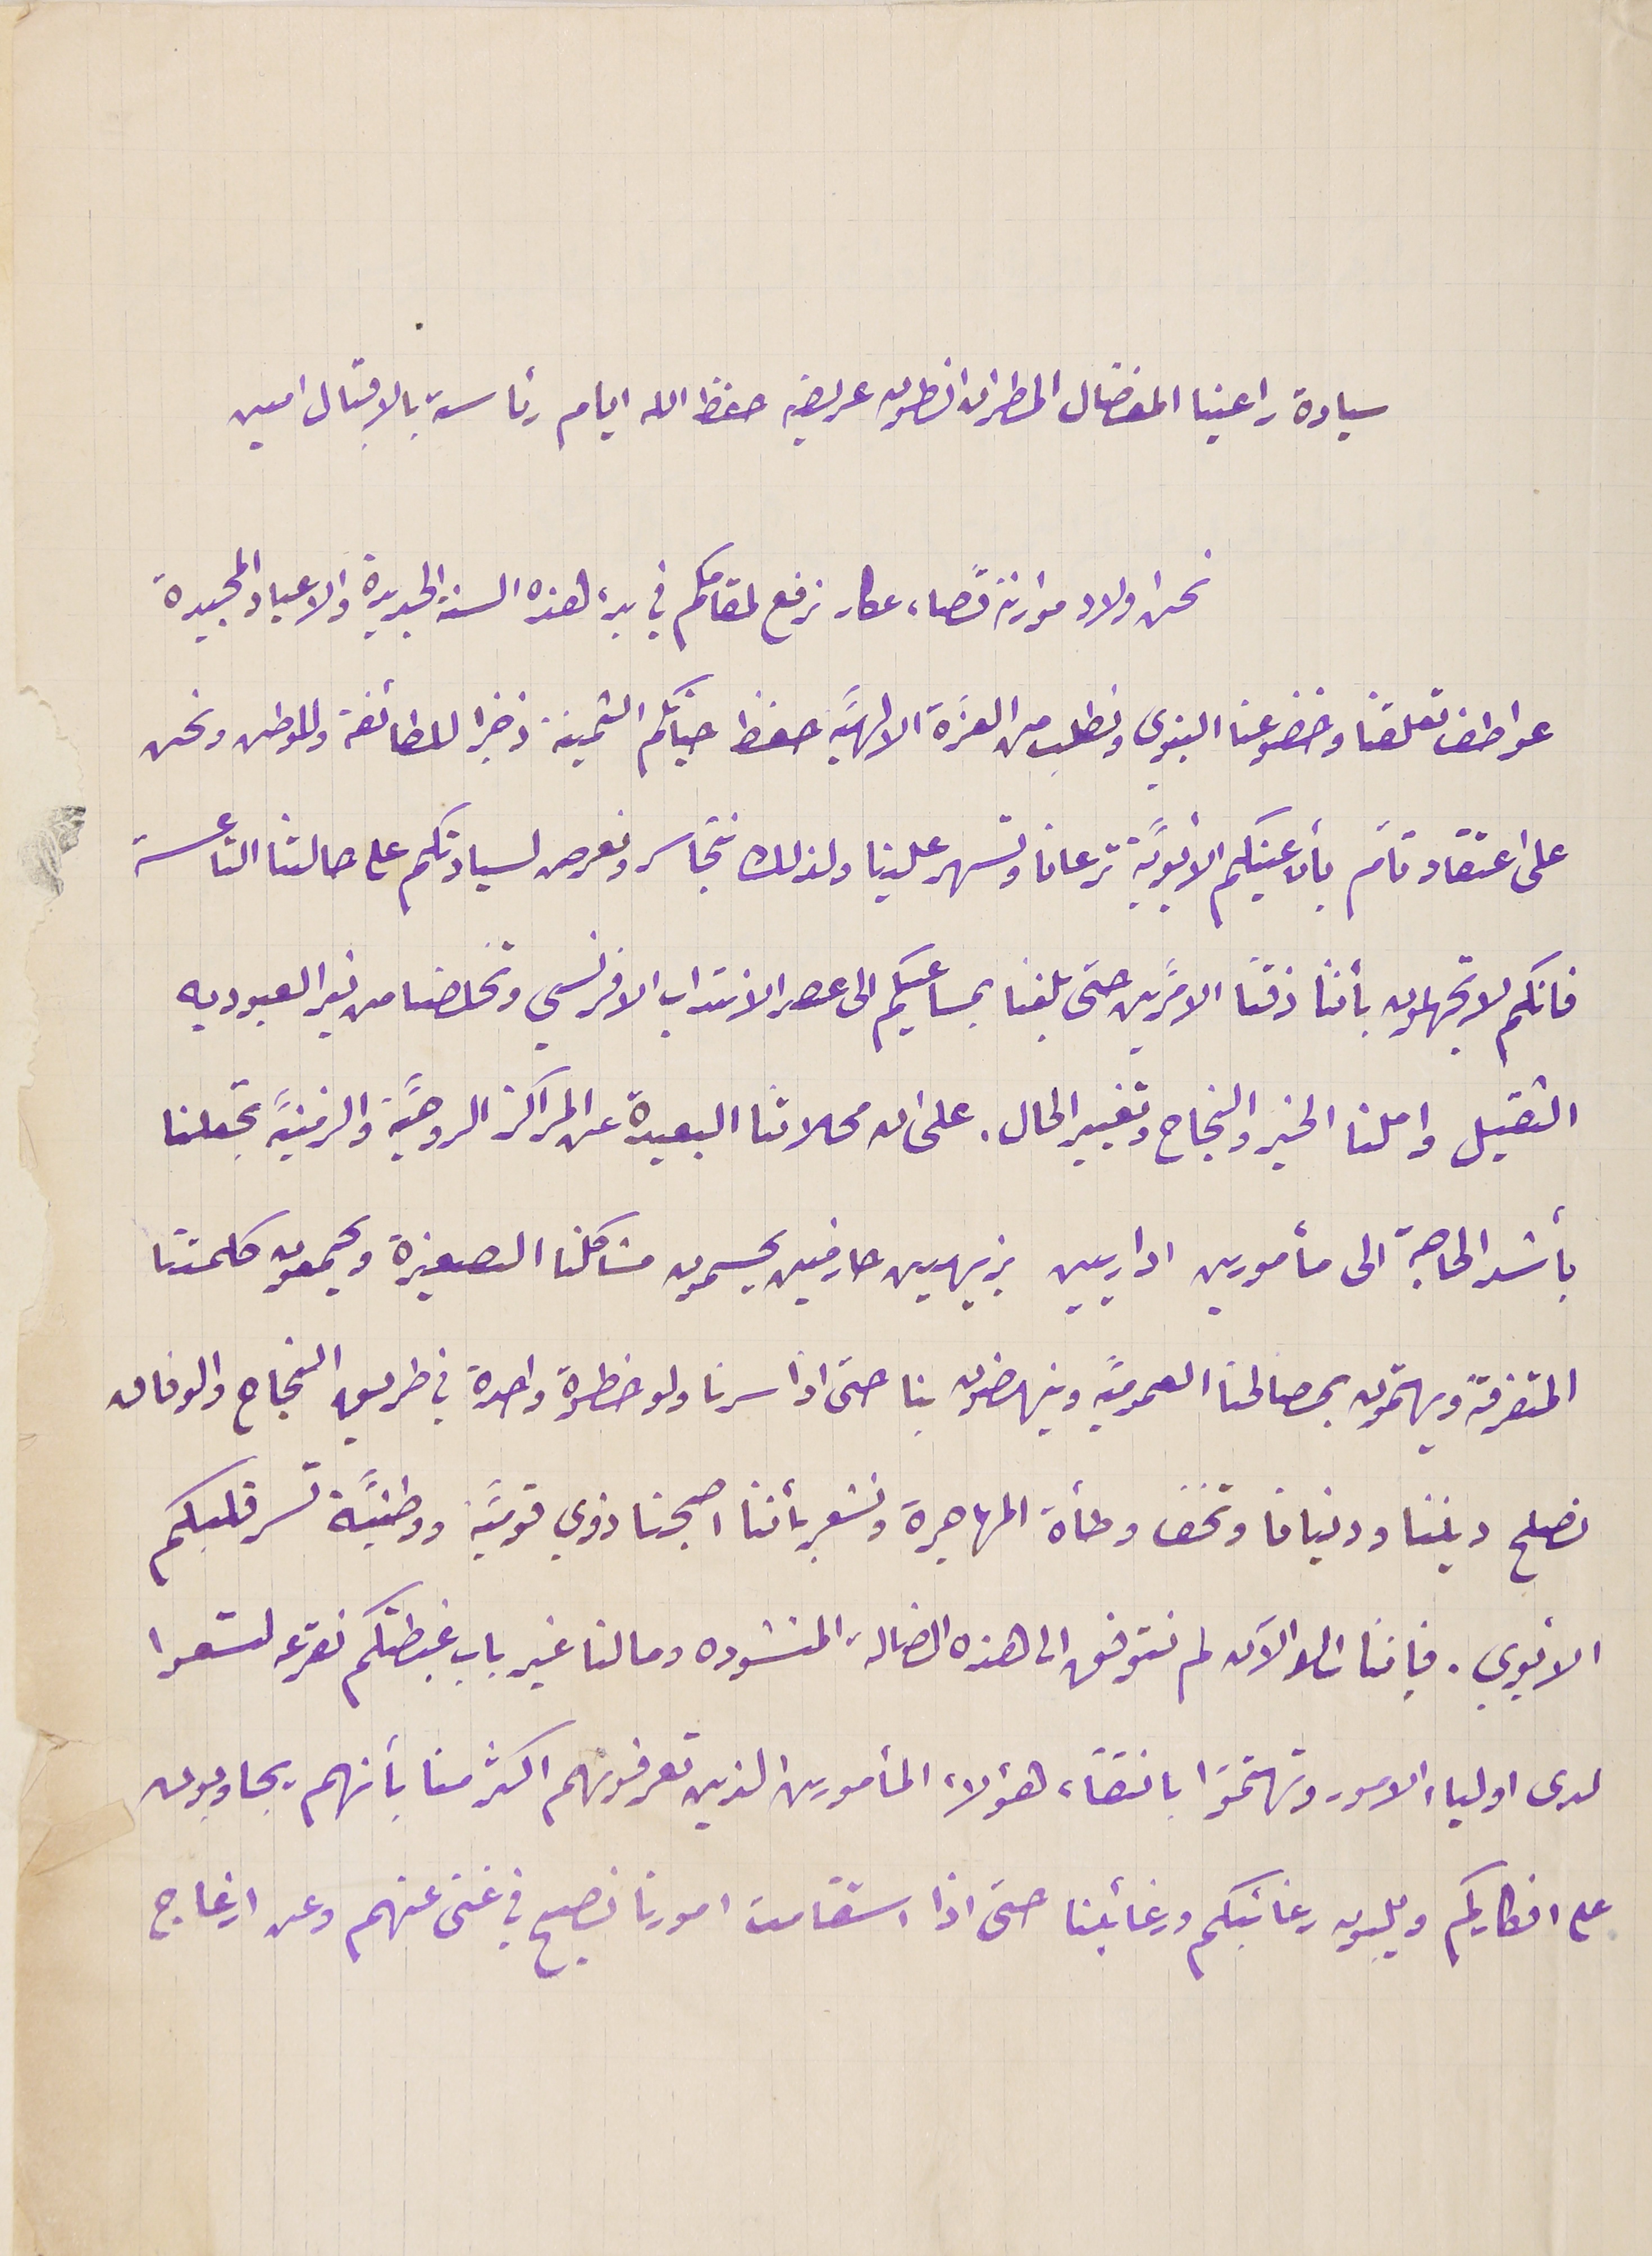
سيادة راعينا المفضال المطران انطون عريضه حفظ الله ايام رئاسته بالاقبال امين
نحن اولاد موارنة قضاء عكار نرفع لمقامكم في بدء هذه السنة الجديدة والاعياد المجيدة
عواطف تعلقنا وخضوعنا البنوي ونطلب من العزَة الالهيَة حفظ حياتكم الثمينة ذخيرا للطائفة وللوطن ونحن
على اعتقاد تامّ بأن عينكم الأبويَّة ترعانا وتسهر علينا ولذلك نتجاسر ونعرص لسيادتكم على حالتنا التاعسة
فانكم لا تجهلون بأننا ذقنا الامرَّين حتى بلغنا بمساعيكم الى عصر الانتداب الافرنسي وتخلصنا من نير العبوديه
الثقيل واملنا الخير والنجاح وتغيير الحال. على ان محلاتنا البعيدة عن المراكز الروحيَّة والزمنيَّة تجعلنا
بأشد الحاجة الى مأمورين اداريين نبيهين حازمين يحسمون مشاكلنا الصغيرة ويجمعون كلمتنا
المتفرقة ويهتمون بمصالحنا العموميَّه وينهضون بنا حتى اذا سرنا ولو خطوة واحدة في طربق النجاح والوفاق
نصلح ديننا ودنيانا وتخف وطأة المهاجرة ونشعر بأننا اصبحنا ذوي قوميَّة ووطنيَّة تسر قلبكم
الأبوي. فإننا اىلا الآن لم نتوفق الى هذه الضالة المنشوده وما لنا غير باب غبطتكم نقرعه لتسعوا
لدى اولياء الامور وتهتمَوا بانتقاء هؤلاء المأمورين الذين تعرفونهم اكثر منا بأنهم يجاوبون
على افكاركم ويلبون رغائبكم ورغائبنا حتى اذا استقامت امورنا نصبح في غنى عنهم وعن ازعاج